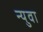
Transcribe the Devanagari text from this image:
न्युवा